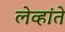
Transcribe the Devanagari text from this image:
लेव्हांते